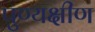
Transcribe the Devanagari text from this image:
पुण्यक्षीण